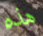
هذه